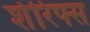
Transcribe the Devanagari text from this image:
शेरिफ्स